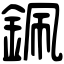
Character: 𨦨